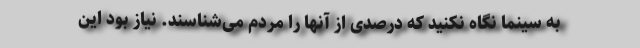
به سینما نگاه نکنید که درصدی از آنها را مردم می‌شناسند. نیاز بود این